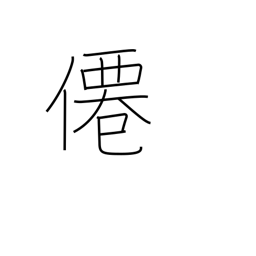
Meaning: hermit